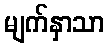
မျက်နှာသာ